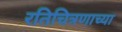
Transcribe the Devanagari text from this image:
रतिचित्रणाच्या